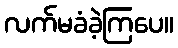
လက်မခံခဲ့ကြပေ။